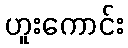
ဟူးကောင်း